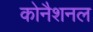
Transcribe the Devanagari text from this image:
कोनैशनल